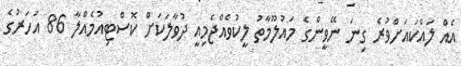
އެއް ލައްކައަށްވުރެ ގިނަ ނޭވީންގެ މައުލޫމާތު ލީކުވެއްޖެމިއީ ދުވާލަކަށް ކޮސްޓިއުމެއްލާ 86 އަހަރުގެ